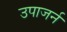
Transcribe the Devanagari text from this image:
उपाजर्न